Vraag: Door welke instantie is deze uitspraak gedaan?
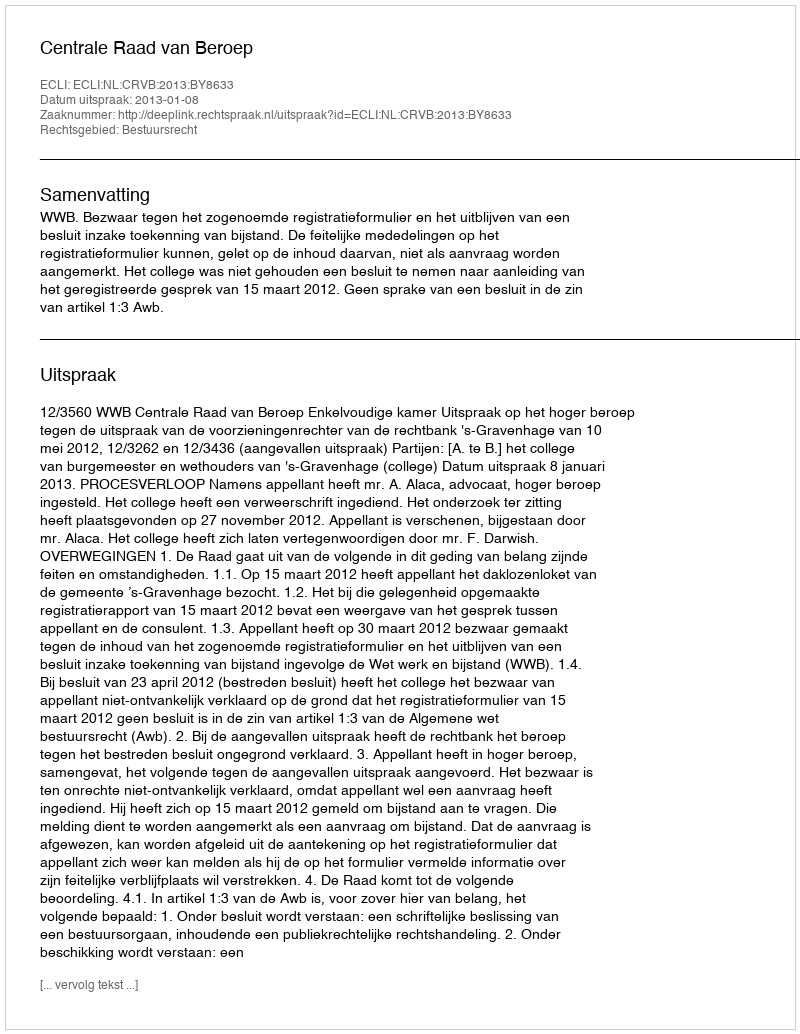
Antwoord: Centrale Raad van Beroep